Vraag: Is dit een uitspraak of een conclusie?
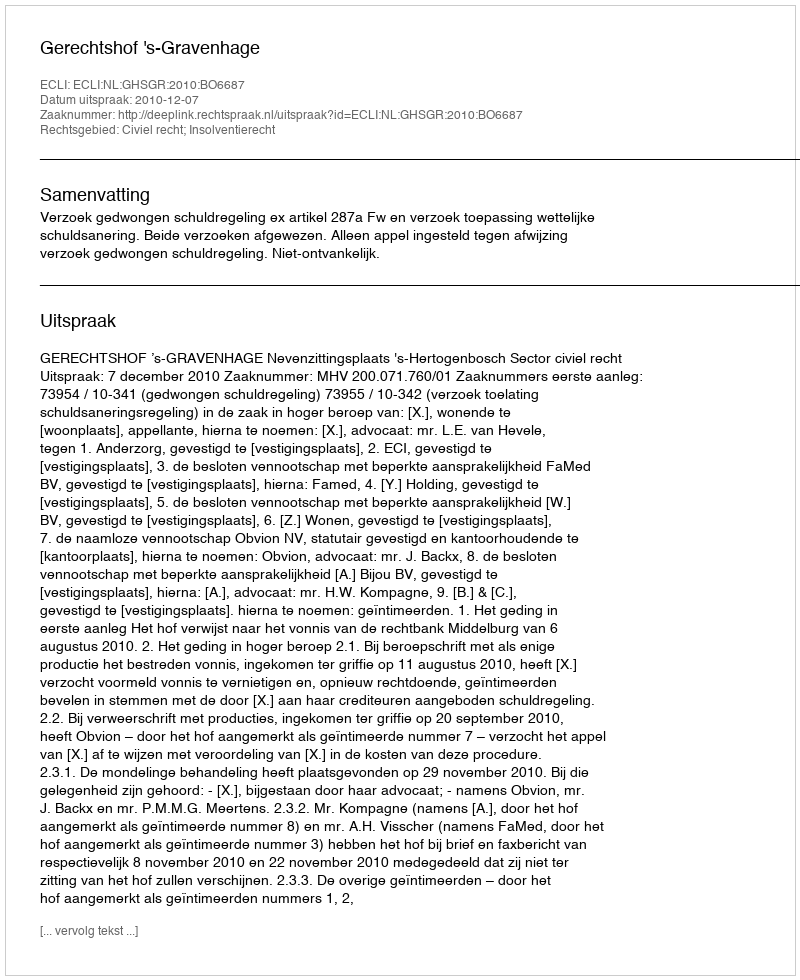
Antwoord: Uitspraak